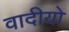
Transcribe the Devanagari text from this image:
वादीयो